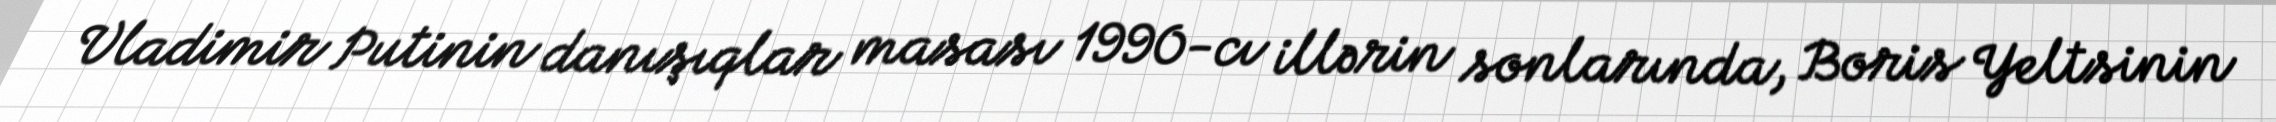
Vladimir Putinin danışıqlar masası 1990-cı illərin sonlarında, Boris Yeltsinin